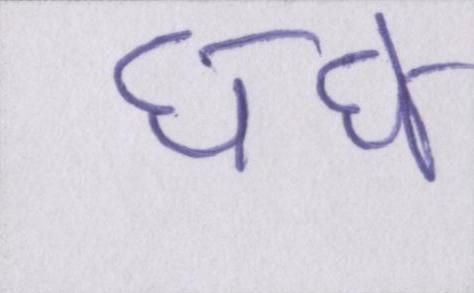
धंधे